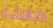
ضعفه